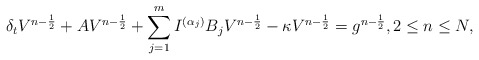
\begin{align*} \delta_tV^{n-\frac{1}{2}} + AV^{n-\frac{1}{2}} &+ \sum\limits_{j=1}^m I^{(\alpha_j)} B_jV^{n-\frac{1}{2}} - \kappa V^{n-\frac{1}{2}} = g^{n-\frac{1}{2}}, 2\leq n \leq N, \end{align*}